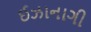
ઈઝાનાગી